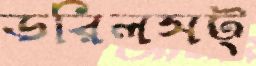
ডরিলসট্‌